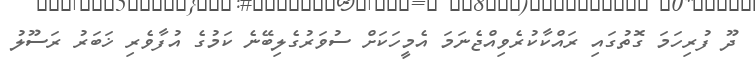
ދޫ ފުރިހަމަ ގޮތުގައި ރައްކާކުރެވިއްޖެނަމަ އެމީހަކަށް ސުވަރުގެލިބޭނެ ކަމުގެ އުފާވެރި ޚަބަރު ރަސޫލު